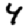
Digit: 4